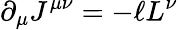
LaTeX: \partial_{\mu}J^{\mu\nu}=-\ell L^{\nu}